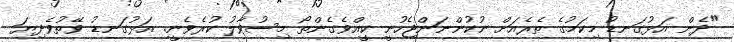
"ދެން އަޅުގަނޑު މިކަމުގެ ތެރެއަށް ނުކުންނަންޖެހުނީ ކީއްވެގެންތޯ މިސުވާލު ކުރެވެނީ. އަޅުގަނޑު ވޭތުވެދިޔަ